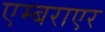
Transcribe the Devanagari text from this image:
एम्बराएर